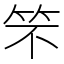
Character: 𮅁